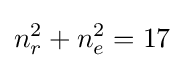
n_{r}^{2}+n_{e}^{2}=17